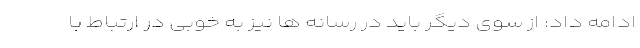
ادامه داد: از سوی دیگر باید در رسانه ها نیز به خوبی در ارتباط با